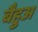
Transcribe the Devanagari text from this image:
बैहुअ